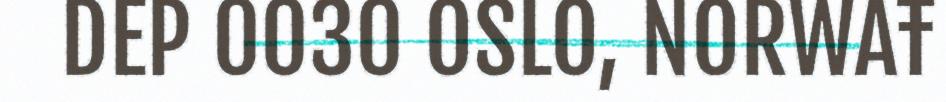
DEP 0030 OSLO, NORWAŦ